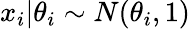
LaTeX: x_{i}|\theta_{i}\sim N(\theta_{i},1)